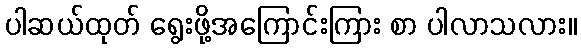
ပါဆယ်ထုတ် ရွေးဖို့အကြောင်းကြား စာ ပါလာသလား။